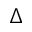
\Delta